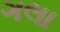
ગલા